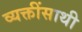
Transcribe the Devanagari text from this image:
व्यक्तींसाथी